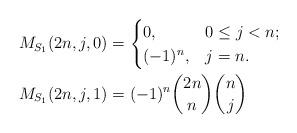
LaTeX: \begin{align*}M_{S_1}(2n,j,0)&=\begin{cases}0, & 0 \leq j <n;\\(-1)^n, & j=n.\end{cases}\\M_{S_1}(2n,j,1)&=(-1)^n\binom{2n}{n}\binom{n}{j}\end{align*}